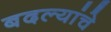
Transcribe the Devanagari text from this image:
बदल्यांचे